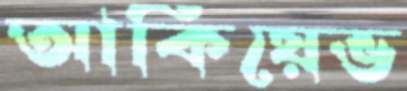
আকিয়েভ